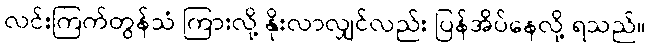
လင်းကြက်တွန်သံ ကြားလို့ နိုးလာလျှင်လည်း ပြန်အိပ်နေလို့ ရသည်။